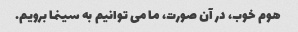
هوم خوب، در آن صورت، ما می توانیم به سینما برویم.